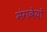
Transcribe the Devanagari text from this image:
मंगबेयों